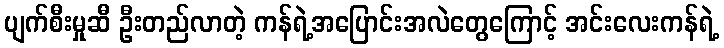
ပျက်စီးမှုဆီ ဦးတည်လာတဲ့ ကန်ရဲ့အပြောင်းအလဲတွေကြောင့် အင်းလေးကန်ရဲ့